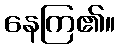
နေကြ၏။